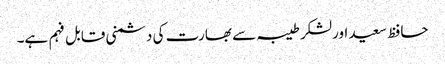
حافظ سعید اورلشکر طیبہ سے بھارت کی دشمنی قابل فہم ہے۔